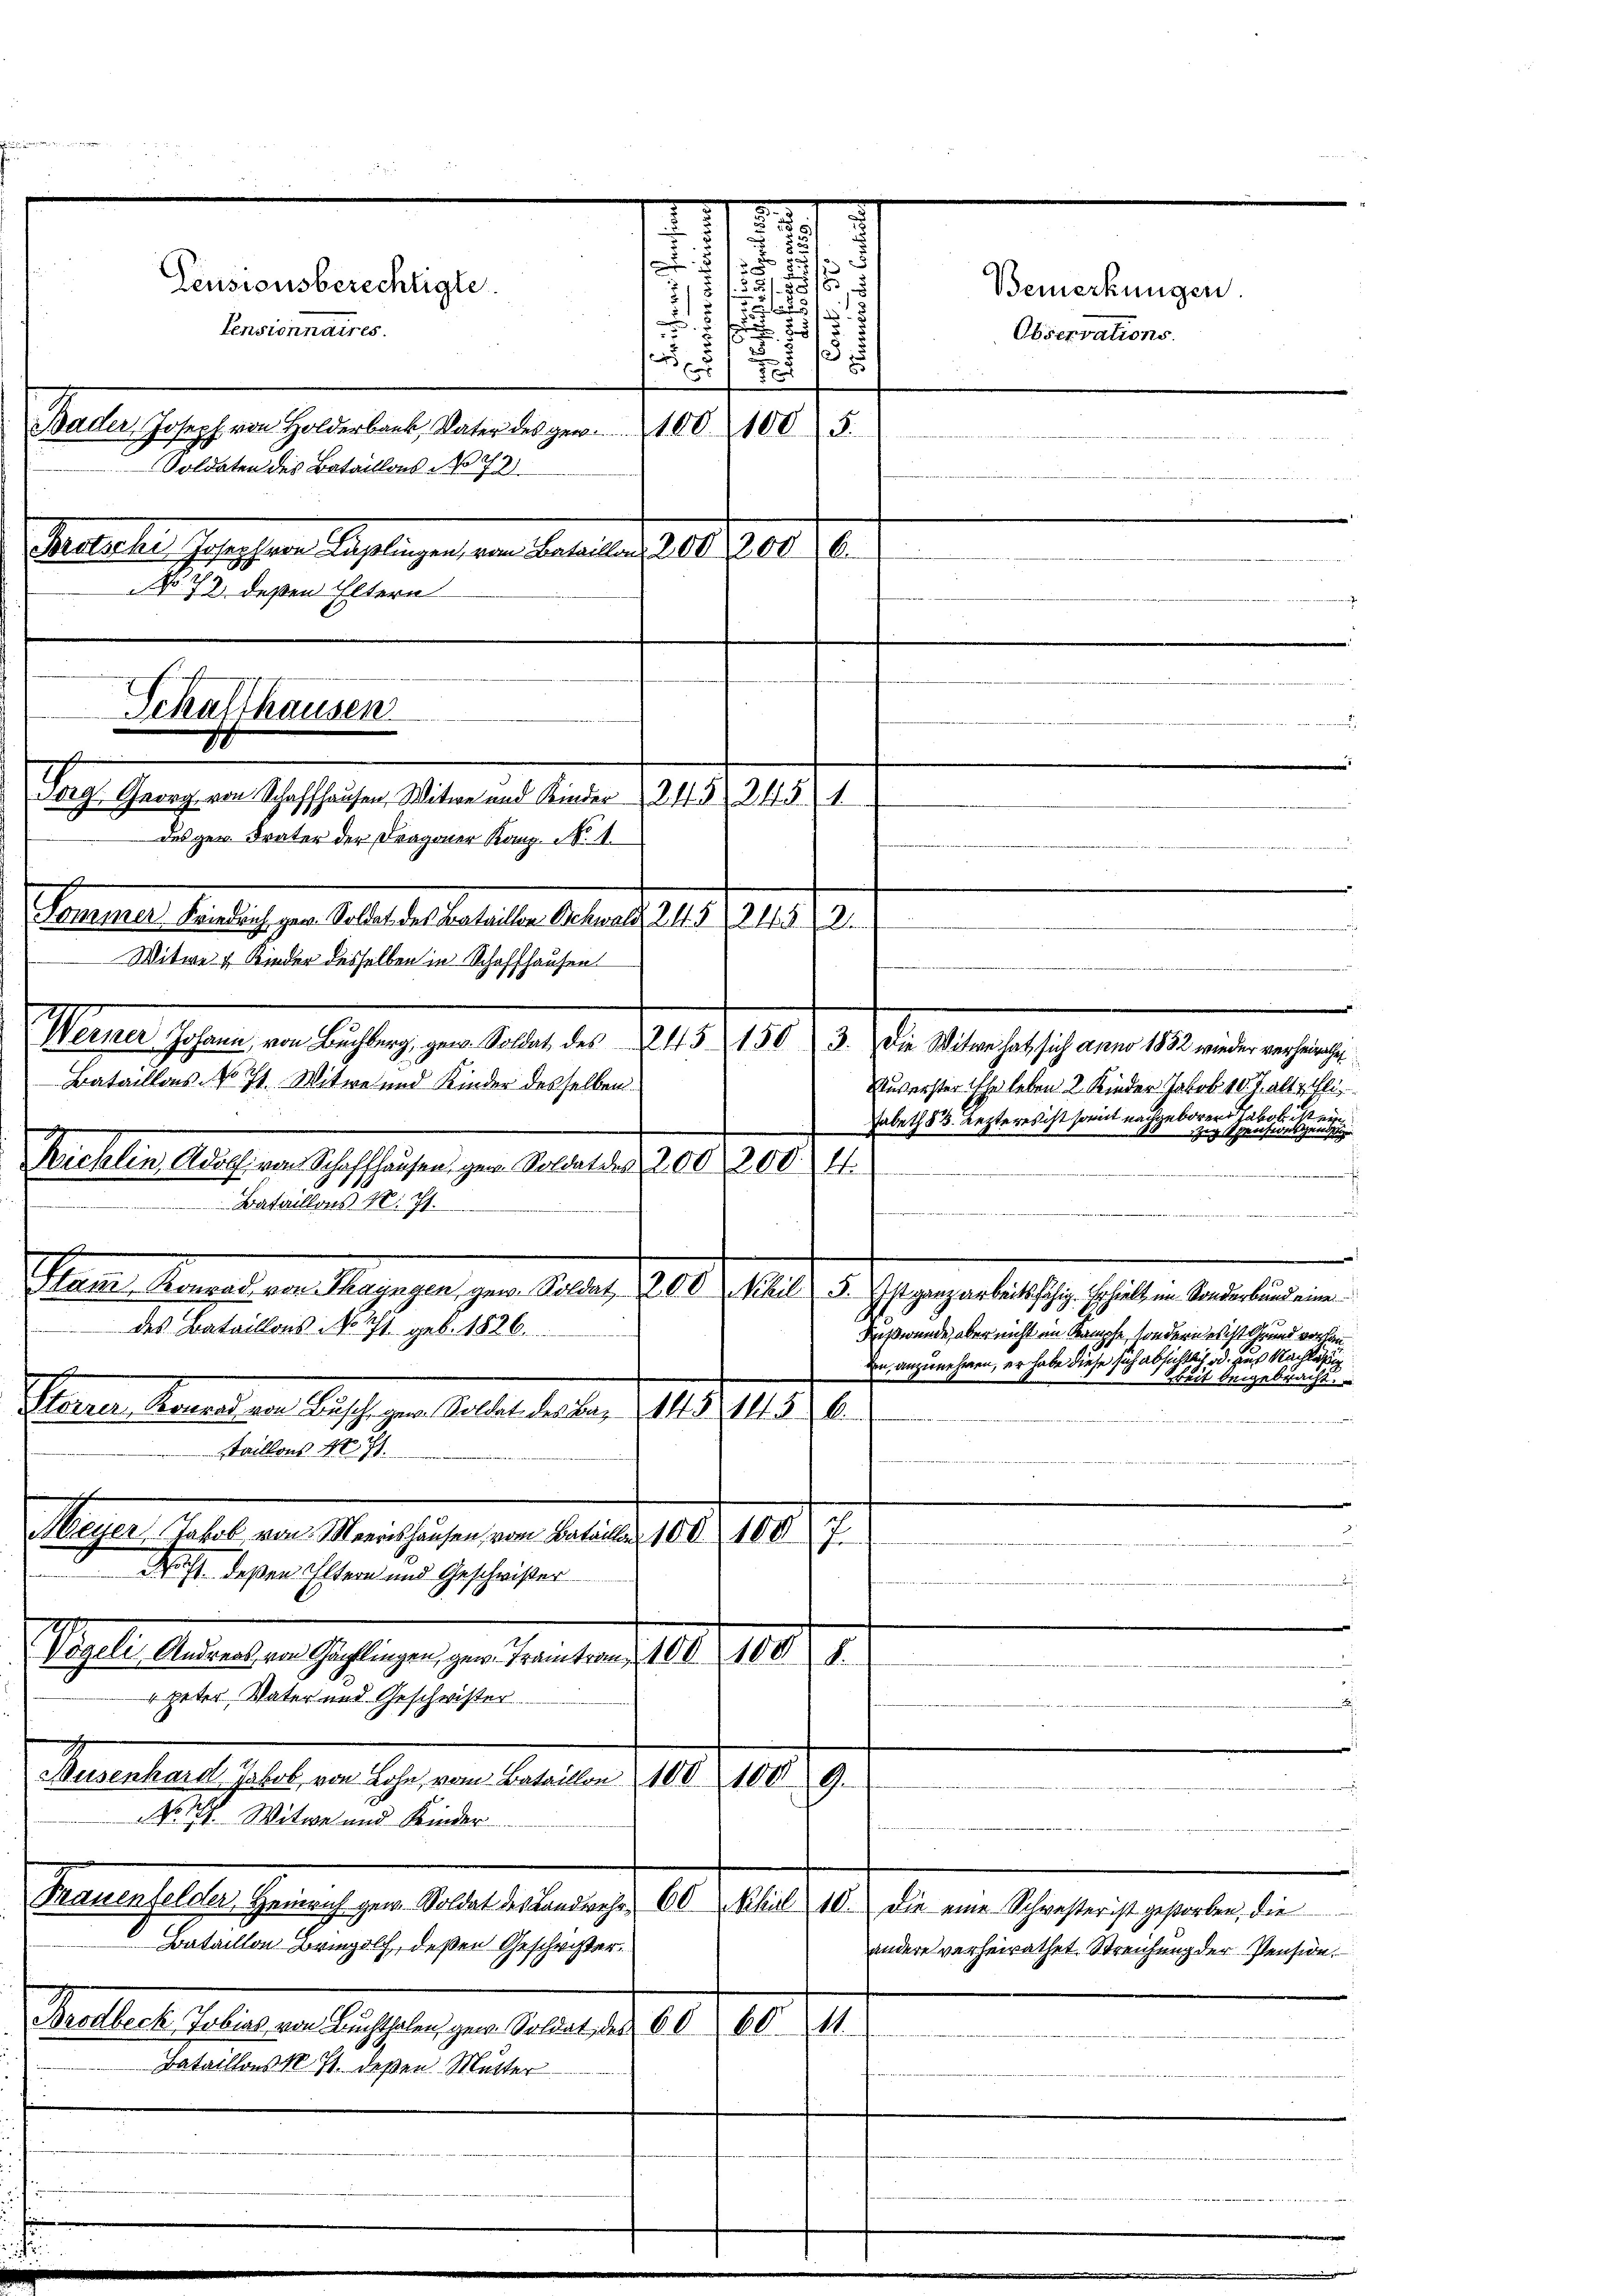
Bataillons No 71 Witwe und Kinder desselben

No 72, deßen Eltern

d

Pensionnaires.
Bader Joseph von Holderbank, Vater des ger. 1001005.
M 2. No. 18.
Soldaten des Bataillons No 72
Tag. Gangenen Geschehen Alten an dieser Geld die
des gew. Frater der Fragener Kong. No. 1.
Mitwe & Rieder desselben in Schaffhausen
e
Nuverster Ehe leben 2. Kinder Jakob 10. J. alt zufli
Habeth 83. Lezteres ist somit nachgeboren Jakob ist ein
i Speisingend
Krehlen Adag. von Schaffhausen, gern Restalden 200, 200. 4
Bataillons N. 71.

Paar Menschen dagegen zur Beobach die hat d. Gegen entsche selben bereiten ein
des Bataillons No 71. geb. 1826.
Kußwunde, aber nicht in Kampfe, sondern es ist Grund vorhan
en, anzunehmen, er habe diese sich absichtlich od. aus Nachlagung
keit beigebracht.
Sanen Berechen Aussagen Falle aber 1819, 418.
staillons No 71.
Magen. Galle der Mariechingen von Altause, 108. 1817.
Nacht deßen Eltern und Geschwister
d
Tessin kleidenten Gestagen zur Veranten 100. 108. d.
" peter Vater und Geschwister
Senselbert hat am sche, von Baselben 11. 1889.
NNo. 19. Witwe und Kinder
.
Bereuestehen hereichen Ausler berechte u. datirte er die eine Gastens selben eine
Bataillon Bringolf, deßen Geschwister.
andere verheirathet. Streichung der Pension.
Maller Gelege der liessen, zur Bedauer den 10. 10. M
Bataillons N. 71. deßen Mutter

Pensionsberechtigte.

Perlesen sorgester Regelungen von bereiten d. d. 208. 10.

Schalthausen

erner endlich er aber de derselben des und 1419. 218.

Werner Johann, von Buchberg gew. Soldat des 245 1503. Die Witwe hat sich anno 1882 wieder verheimge

2
.
a

5
.
7

e
12

Bemerkungen.
Observations.